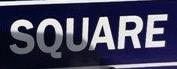
square